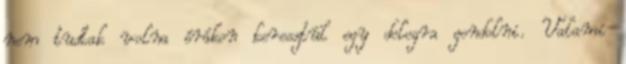
nem tudtak volna órákon keresztül egy dologra gondolni. Valami